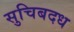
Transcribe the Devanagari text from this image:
सुचिबदध